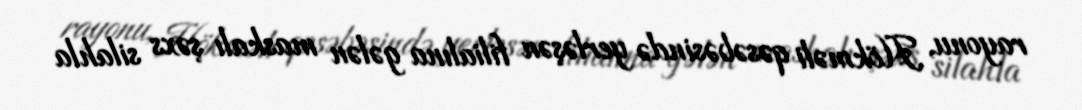
rayonu, Hökməli qəsəbəsində yerləşən filialına gələn maskalı şəxs silahla